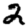
Digit: 2